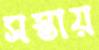
সস্তায়